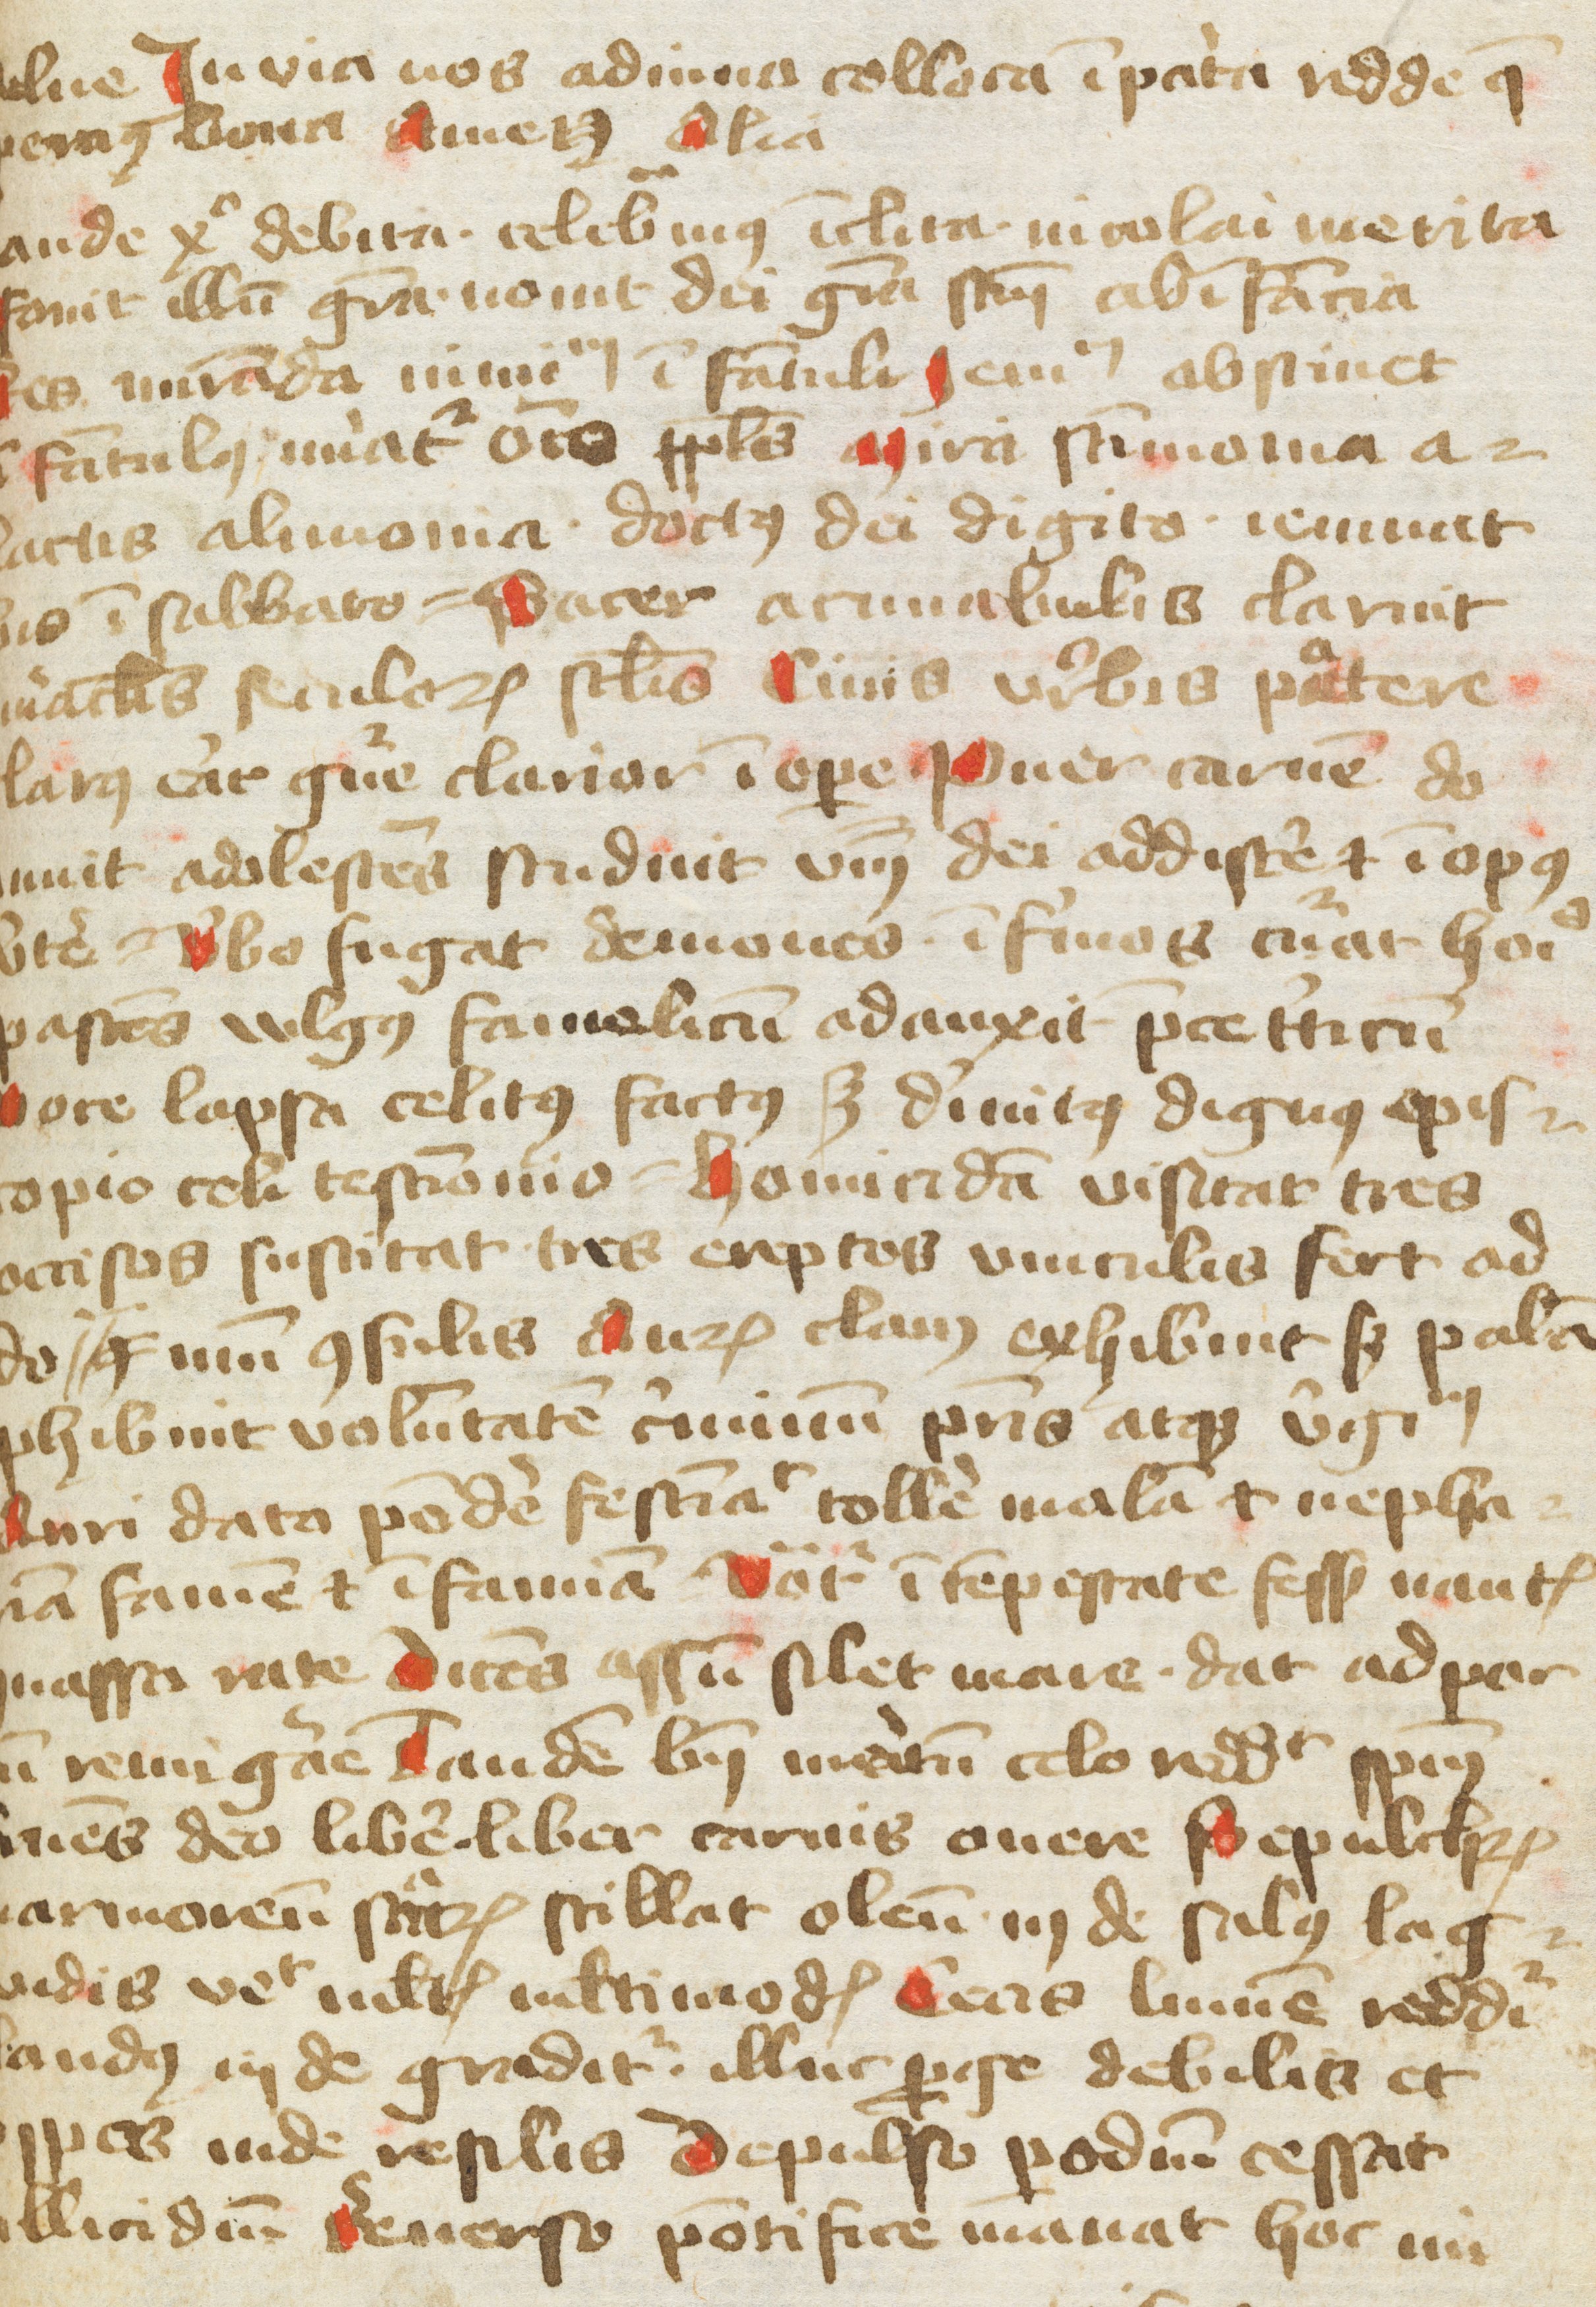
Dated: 1400–1499